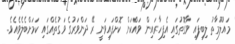
މައުލޫމާތު ލިބިފައި ވާގޮތުގައި އެފިހާރައިން ވައްކަން ކޮށްފައިވަނީ ރޭ ދަންވަރުގެ ވަގުތެއްގައި ކަމަށްބެލެވެއެވެ..